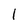
Character: 1